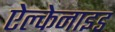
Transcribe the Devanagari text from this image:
ऐल्केनाइड